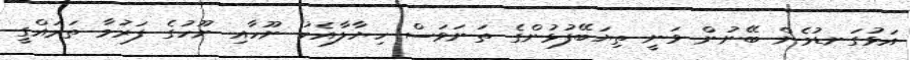
އަޅުގަނޑުމެން ބޭނުން ވަނީ ތިޔަބޭފުޅުންގެ ތަނަވަސް ހިޔާލާއެކު ނޫހާއި ނޫހުގެ ފަރުމާ ތަރައްގީ